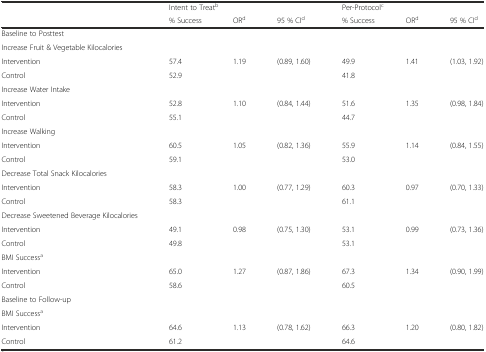
<table><thead><tr><td></td><td colspan="3"><b>Intent to Treat<sup>b</sup></b></td><td colspan="3"><b>Per-Protocol<sup>c</sup></b></td></tr><tr><td></td><td><b>% Success</b></td><td><b>OR<sup>d</sup></b></td><td><b>95 % CI<sup>d</sup></b></td><td><b>% Success</b></td><td><b>OR<sup>d</sup></b></td><td><b>95 % CI<sup>d</sup></b></td></tr></thead><tbody><tr><td>Baseline to Posttest</td><td></td><td></td><td></td><td></td><td></td><td></td></tr><tr><td>Increase Fruit &amp; Vegetable Kilocalories</td><td></td><td></td><td></td><td></td><td></td><td></td></tr><tr><td>Intervention</td><td>57.4</td><td>1.19</td><td>(0.89, 1.60)</td><td>49.9</td><td>1.41</td><td>(1.03, 1.92)</td></tr><tr><td>Control</td><td>52.9</td><td></td><td></td><td>41.8</td><td></td><td></td></tr><tr><td>Increase Water Intake</td><td></td><td></td><td></td><td></td><td></td><td></td></tr><tr><td>Intervention</td><td>52.8</td><td>1.10</td><td>(0.84, 1.44)</td><td>51.6</td><td>1.35</td><td>(0.98, 1.84)</td></tr><tr><td>Control</td><td>55.1</td><td></td><td></td><td>44.7</td><td></td><td></td></tr><tr><td>Increase Walking</td><td></td><td></td><td></td><td></td><td></td><td></td></tr><tr><td>Intervention</td><td>60.5</td><td>1.05</td><td>(0.82, 1.36)</td><td>55.9</td><td>1.14</td><td>(0.84, 1.55)</td></tr><tr><td>Control</td><td>59.1</td><td></td><td></td><td>53.0</td><td></td><td></td></tr><tr><td>Decrease Total Snack Kilocalories</td><td></td><td></td><td></td><td></td><td></td><td></td></tr><tr><td>Intervention</td><td>58.3</td><td>1.00</td><td>(0.77, 1.29)</td><td>60.3</td><td>0.97</td><td>(0.70, 1.33)</td></tr><tr><td>Control</td><td>58.3</td><td></td><td></td><td>61.1</td><td></td><td></td></tr><tr><td>Decrease Sweetened Beverage Kilocalories</td><td></td><td></td><td></td><td></td><td></td><td></td></tr><tr><td>Intervention</td><td>49.1</td><td>0.98</td><td>(0.75, 1.30)</td><td>53.1</td><td>0.99</td><td>(0.73, 1.36)</td></tr><tr><td>Control</td><td>49.8</td><td></td><td></td><td>53.1</td><td></td><td></td></tr><tr><td>BMI Success<sup>a</sup></td><td></td><td></td><td></td><td></td><td></td><td></td></tr><tr><td>Intervention</td><td>65.0</td><td>1.27</td><td>(0.87, 1.86)</td><td>67.3</td><td>1.34</td><td>(0.90, 1.99)</td></tr><tr><td>Control</td><td>58.6</td><td></td><td></td><td>60.5</td><td></td><td></td></tr><tr><td>Baseline to Follow-up</td><td></td><td></td><td></td><td></td><td></td><td></td></tr><tr><td>BMI Success<sup>a</sup></td><td></td><td></td><td></td><td></td><td></td><td></td></tr><tr><td>Intervention</td><td>64.6</td><td>1.13</td><td>(0.78, 1.62)</td><td>66.3</td><td>1.20</td><td>(0.80, 1.82)</td></tr><tr><td>Control</td><td>61.2</td><td></td><td></td><td>64.6</td><td></td><td></td></tr></tbody></table>